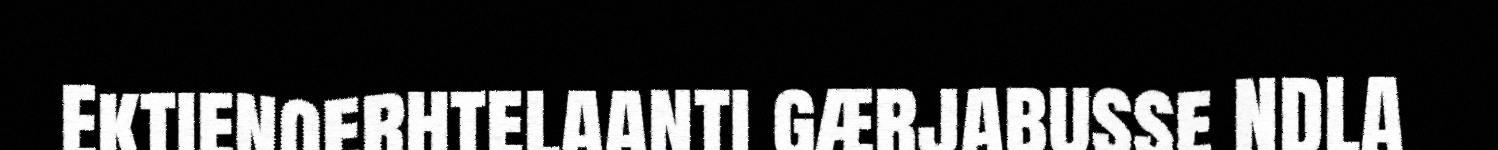
Ektienoerhtelaanti gærjabusse NDLA